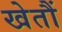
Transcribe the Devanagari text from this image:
खेतौं